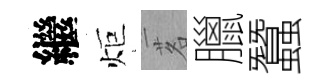
繼炬茗臘蠶